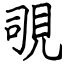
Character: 覗